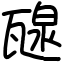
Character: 𤭯